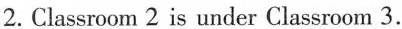
2. Classroom 2 is under Classroom 3.